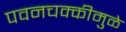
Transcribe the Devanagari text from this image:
पवनचक्कीमुळे